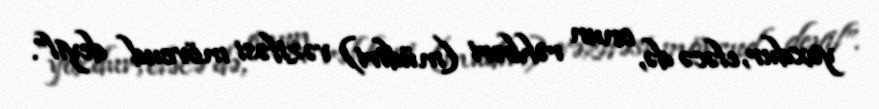
yoxdur, eləcə də, onun rəhbəri (müdiri) vəzifəsi mövcud deyil”.